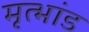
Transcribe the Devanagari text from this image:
मृत्भांड